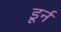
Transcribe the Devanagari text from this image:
डूर्न